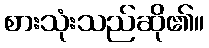
စားသုံးသည်ဆို၏။